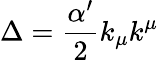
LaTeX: \Delta=\frac{\alpha^{\prime}}{2}k_{\mu}k^{\mu}